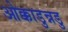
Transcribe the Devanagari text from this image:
ओक्काडुन्नडु